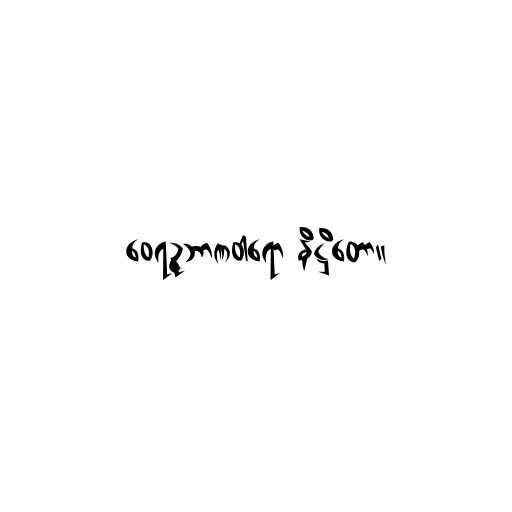
ဝေရဉ္ဇဘာဏဝါရော နိဋ္ဌိတော။